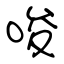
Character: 唆